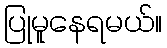
ပြုမူနေရမယ်။